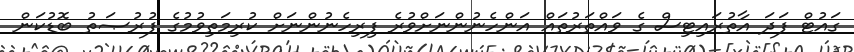
ގައުޓް ފަދަ އާތުރައިޓިސް ގެ ވައްތަރުތައް އަންހެނުންނަށްވުރެ ފިރިހެނުންނަށް ކުރިމަތިވުމުގެ ފުރުޞަތު ބޮޑުކަން